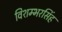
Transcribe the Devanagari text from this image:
विशम्भरसिंह